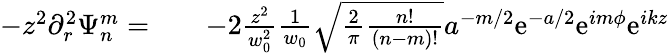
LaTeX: \begin{array}{rlr}{-z^{2}\partial_{r}^{2}\Psi_{n}^{m}=}&{{}}&{-2\frac{z^{2}}{w_{0}^{2}}\frac{1}{w_{0}}\sqrt{\frac{2}{\pi}\frac{n!}{(n-m)!}}a^{-m/2}\mathrm{e}^{-a/2}\mathrm{e}^{im\phi}\mathrm{e}^{ikz}}\end{array}